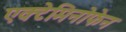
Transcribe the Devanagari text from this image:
एक्टेमिनोफेन